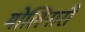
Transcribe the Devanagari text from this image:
मोलिनारी